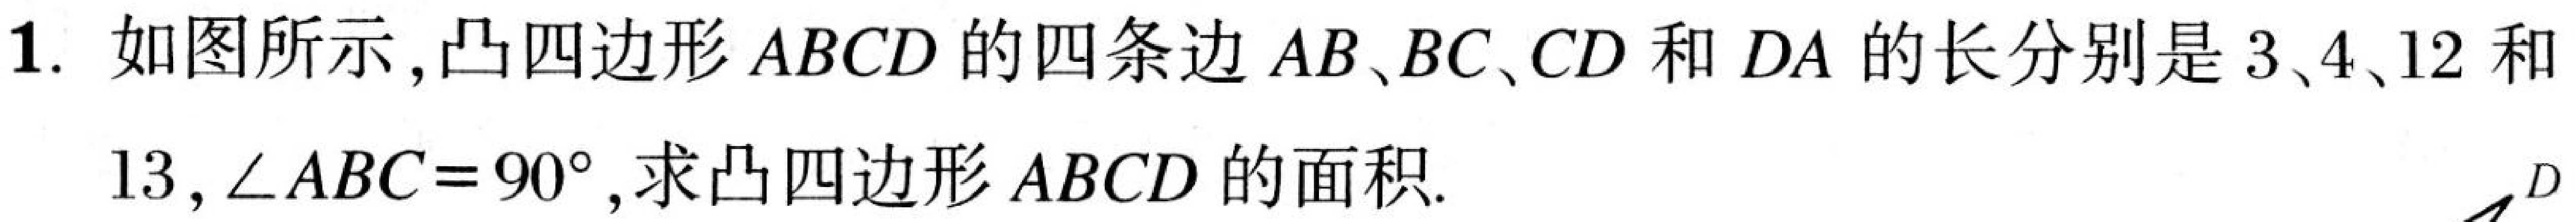
1. 如图所示,凸四边形 \(ABCD\) 的四条边 \(AB、BC、CD\) 和 \(DA\) 的长分别是 \(3、4、12\) 和 \(13\), \(\angle ABC = 90^{\circ}\),求凸四边形 \(ABCD\) 的面积.